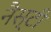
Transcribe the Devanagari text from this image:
नैस्टी